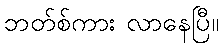
ဘတ်စ်ကား လာနေပြီ။